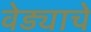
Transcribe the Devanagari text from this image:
वेड्याचे